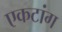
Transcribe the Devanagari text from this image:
एकटांग